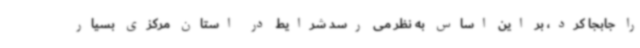
را جابجا کرد، بر این اساس به نظر می رسد شرایط در استان مرکزی بسیار